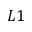
L 1